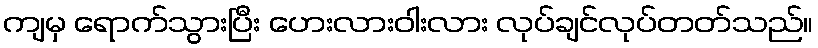
ကျမှ ရောက်သွားပြီး ဟေးလားဝါးလား လုပ်ချင်လုပ်တတ်သည်။